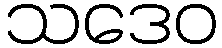
သဒေဝ